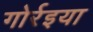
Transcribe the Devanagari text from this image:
गोर्रइया